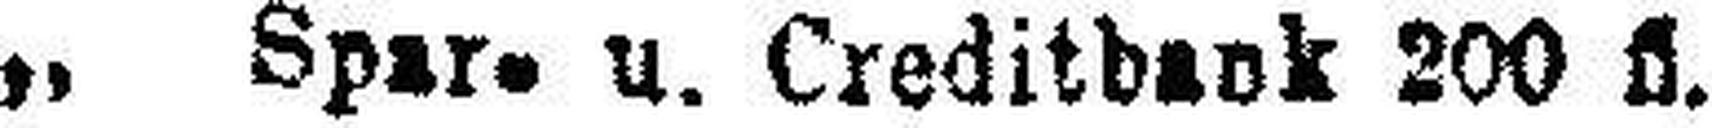
„ Spar- u. Creditbank 200 fl.